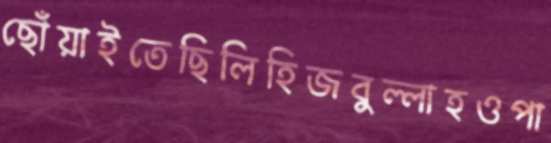
ছোঁয়াইতেছিলিহিজবুল্লাহওপা